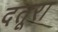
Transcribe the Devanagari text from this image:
दतूरा